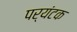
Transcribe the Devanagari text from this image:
पर्यंटक